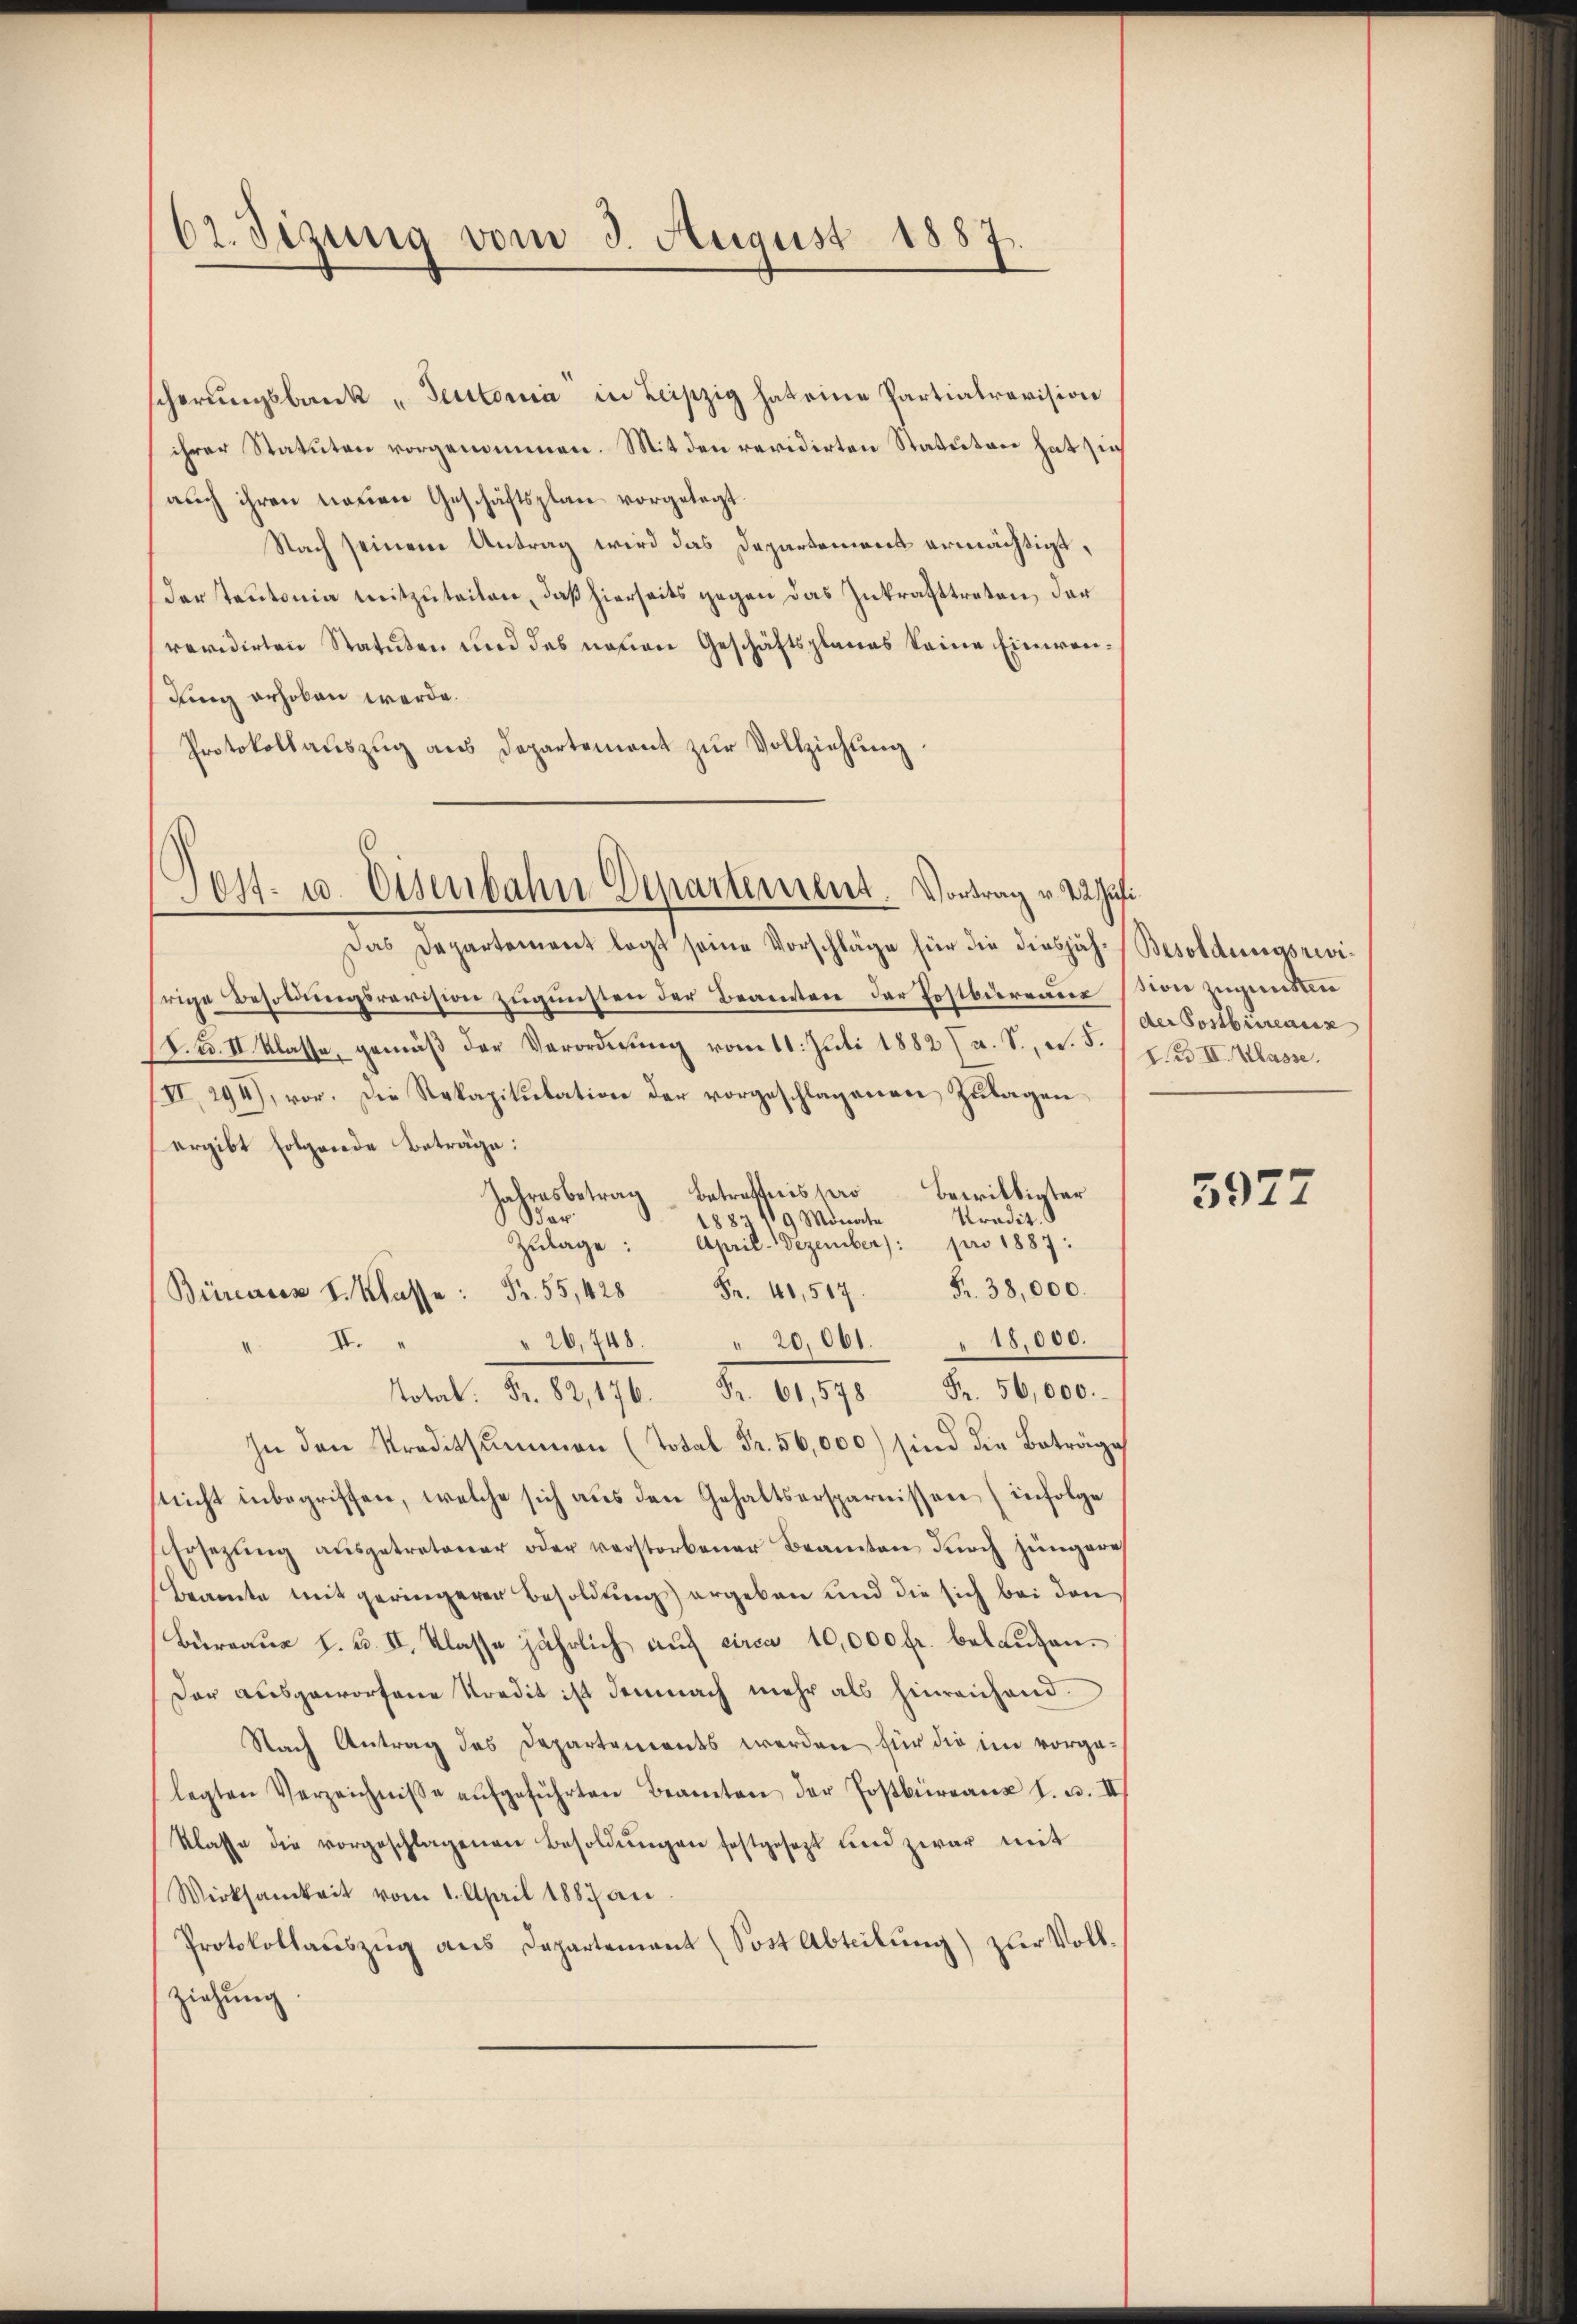
62. Jezung vom 3. August 1887

scherungsbank „Teutonia in Leipzig hat eine Partialrevision
ihrer Statuten vorgenommen. Mit den revidirten Statuten hat sich
auch ihren neuen Geschäftsplan vorgelegt
Nach seinem Antrag wird das Departemens ermächtigt,
der Teutonia mitzuteilen, daß hierseits gegen das Zukrafttreten, der
revidirten Statuten und des neuen Geschäftsplanes keine Einwen¬
Jung erhoben werde.
Protokollauszug aus Departement zur Vollziehung.

304. u. Eisenbahn-Departement. Vortrag v. 22. Juli

.

Das Departement legt seine Vorschläge für die diesjäh-Besoldungsrevihrige Besoldungsrevision zugunsten der Beamten der Postbureaussion zugunden
(S.B. II. Klasse, gemäß der Verordnung vom 11. Juli 1882 (a. S., v. 5. / / III. Klasse.
III, 294), vor. Die Rekapitulation der vorgeschlagenen Zulagen
ergibt folgende Beträge:
Betrattis pro
bewilligter
Jahresbetrag
Dar
Kradit.
188. 119 Monate
April - Dezember): pro 1887:
Zulage:
Fr. 38,000.
Fr. 40,517.
20,748. " 20,061. " 18,000.
IV.
578 Fr. 56,000.
In den Straditsummen (Total Fr. 56,000) sind die Beträge
snicht inbegriffen, welche sich aus den Gehaltsersparnissen infolge
Ersezung aŭsgetretener oder verstorbener Beamten dŭrch jüngere
Beamte mit geringerer Besoldung ergeben und die sich bei den
Bureaux f. u. II. Klasse jährlich auf circa 10,000 fr. belaufen.
Der ausgeworfene Kredit ist demnach mehr als hinreichend.
Nach Antrag des Departements werden für die im vorgelegten Verzeichnisse aŭfgeführten Beamten der Postbüreaux l. u. II
Klasse die vorgeschlagenen Besoldungen festgesezt und zwar mit
Wirksamkeit vom 1. April 1887 au
Protokollauszug aus Departement (Sost Abteilung) zur Vollziehung.

der Postbüreaux

3977